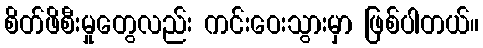
စိတ်ဖိစီးမှုတွေလည်း ကင်းဝေးသွားမှာ ဖြစ်ပါတယ်။